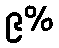
၉%